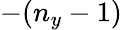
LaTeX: -(n_{y}-1)